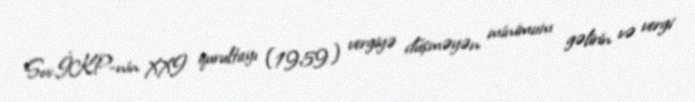
Sov.İKP-nin XXI qurultayı (1959) vergiyə düşməyən minimum gəlirin və vergi